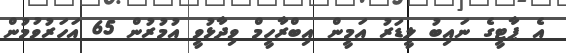
އެ ޕާޓީގެ ނައިބު ލީޑަރު އަމީން އިބްރާހީމް ވިދާޅުވީ އުމުރުން 65 އަހަރުވުމުން